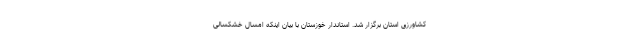
کشاورزی استان برگزار شد. استاندار خوزستان با بیان اینکه امسال خشکسالی